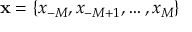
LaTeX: \mathbf { x } = \{ x _ { - M } , x _ { - M + 1 } , \ldots , x _ { M } \}